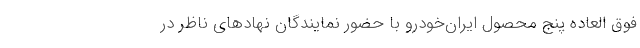
فوق العاده پنج محصول ایران‌خودرو با حضور نمایندگان نهادهای ناظر در